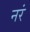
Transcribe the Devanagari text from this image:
नरं